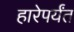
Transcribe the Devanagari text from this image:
हारेपर्यंत